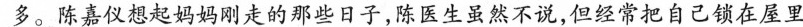
多。陈嘉仪然起妈妈刚走的那些日子，陈医生显然不说，但经常把自己谈在屋里